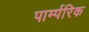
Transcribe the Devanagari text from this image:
पार्म्परिक